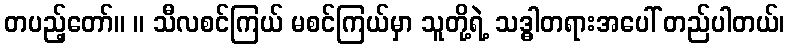
တပည့်တော်။ ။ သီလစင်ကြယ် မစင်ကြယ်မှာ သူတို့ရဲ့ သဒ္ဓါတရားအပေါ် တည်ပါတယ်၊